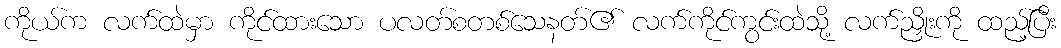
ကိုယ်က လက်ထဲမှာ ကိုင်ထားသော ပလတ်စတစ်သေနတ်၏ လက်ကိုင်ကွင်းထဲသို့ လက်ညှိုးကို ထည့်ပြီး